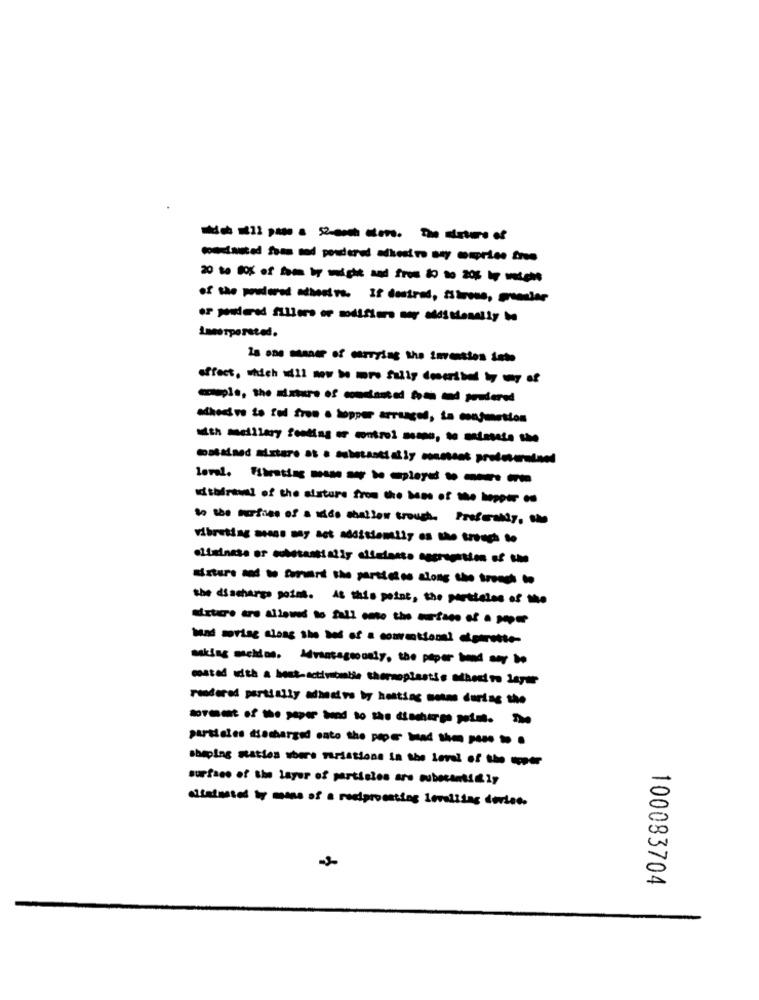
Immerpersted.
18 one manner of marrying the inventies inte
adhesivo to fod from · hopper arranged, ta conjunction
the discharge point. At this point, the particles of the
asking machine. Mantegoously, the paper band ser Do
mested with a host- activesemble thermopianti's adhesivo lagar
rendered partially adhesive by hosting moms during the
shaping naties where mristions in the level of - --
surface of the layer of partisies are suboranti@ ly
100083704